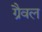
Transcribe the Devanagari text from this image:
ग्रैवल